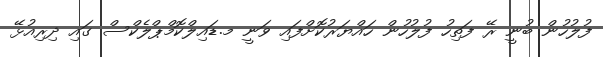
ފުލުހުން ބުނީ ރޭ ފަތިހު ފުލުހުން ހައްޔަރުކޮށްފައި ވަނީ މ.ޑައިލްކޮމްޕްލެކްސް ގައި ދިރިއުޅޭ